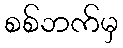
စစ်ဘက်မှ